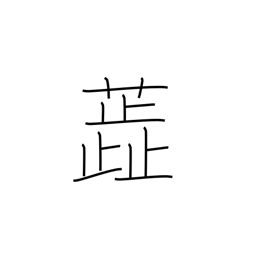
Meaning: stamen